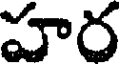
హర